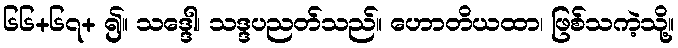
၆၆+၆၇+ ၍။ သဒ္ဒေါ၊ သဒ္ဒပညတ်သည်။ ဟောတိယထာ၊ ဖြစ်သကဲ့သို့။